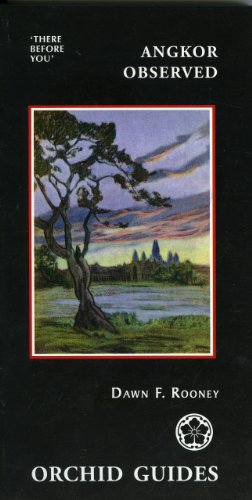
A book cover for Angkor Observed (Orchid Guides); Dawn F. Rooney; Travel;